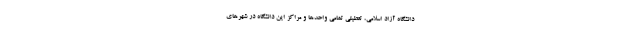
دانشگاه آزاد اسلامی، تعطیلی تمامی واحدها و مراکز این دانشگاه در شهرهای